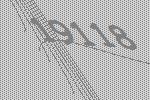
19118